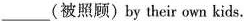
___﹙被照顾﹚by ther own kids.